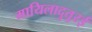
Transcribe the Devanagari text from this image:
मायिलादुतुरई